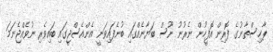
ޕާޚިސްތާނުގެ ފޮރިން އޮފީހުން ނެރުނު ނޫސް ބަޔާނެއްގައި ބުނެފައިވަނީ އެންއެސްޖީގައި ބައިވެރި ނުވެއްޖެނަމަ